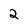
Character: 2